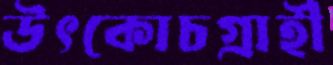
উৎকোচগ্রাহী